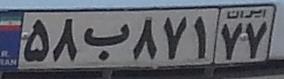
۵۸ب۸۷۱۷۷